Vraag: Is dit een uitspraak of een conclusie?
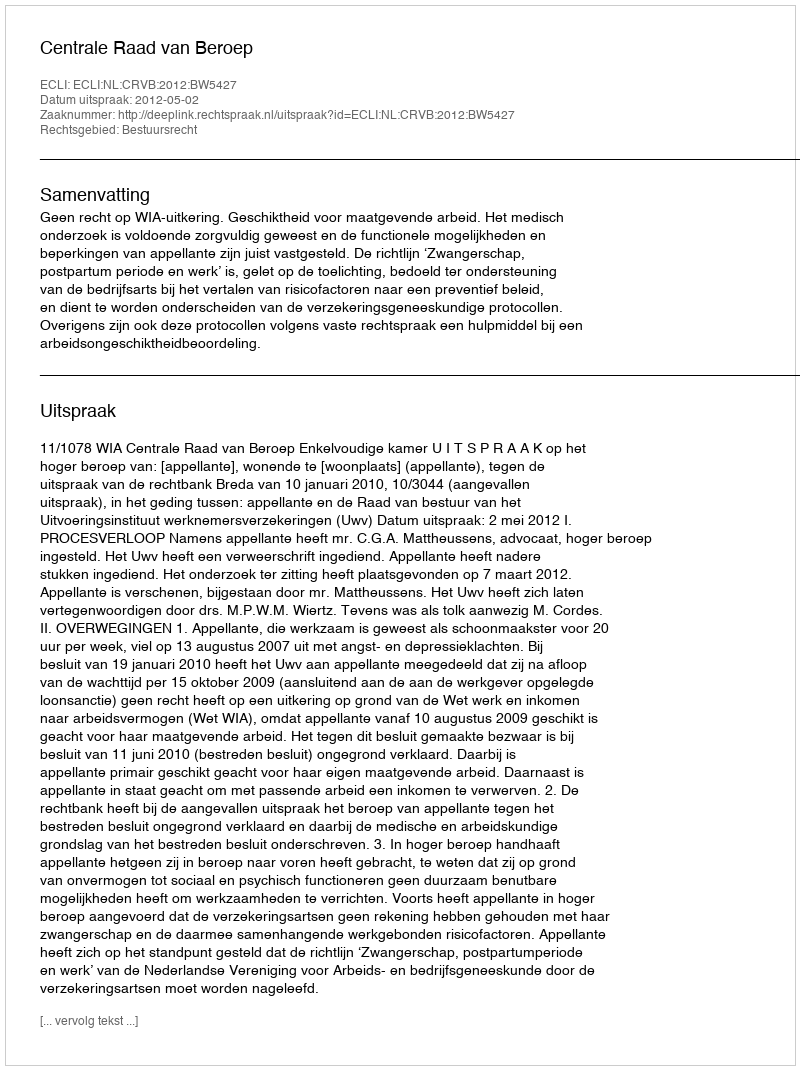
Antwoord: Uitspraak